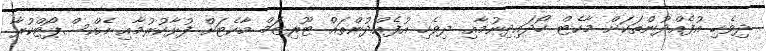
ދިވެހި އުފެއްދުންތަކަށް މާކެޓް ހޯދައިދިނުމާއި ދިވެހި އުފެއްދުންތައް ޓޫރިޒަމް މާކެޓަށް ފުޅާކުރުމާއި އެކްސްޕޯޓްކުރާ